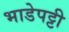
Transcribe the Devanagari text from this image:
भाडेपट्टी